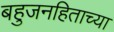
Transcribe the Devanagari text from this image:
बहुजनहिताच्या